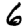
Digit: 6